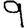
Digit: 9